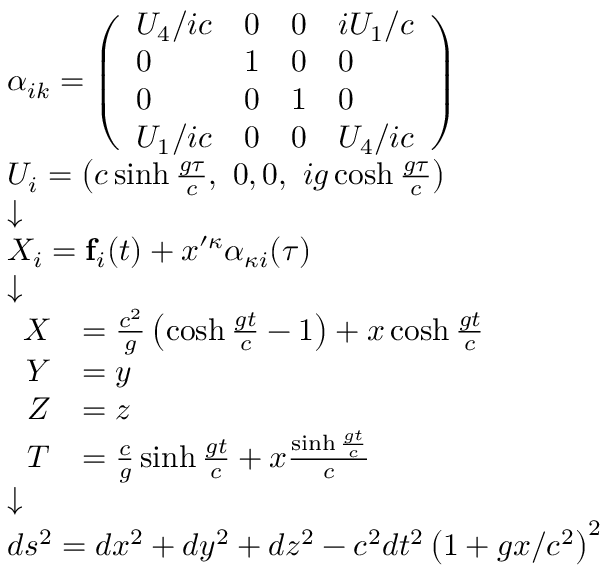
\scriptstyle { \begin{array} { l } { \alpha _ { i k } = \left( { \begin{array} { l l l l } { U _ { 4 } / i c } & { 0 } & { 0 } & { i U _ { 1 } / c } \\ { 0 } & { 1 } & { 0 } & { 0 } \\ { 0 } & { 0 } & { 1 } & { 0 } \\ { U _ { 1 } / i c } & { 0 } & { 0 } & { U _ { 4 } / i c } \end{array} } \right) } \\ { U _ { i } = \left( c \sinh { \frac { g \tau } { c } } , \ 0 , 0 , \ i g \cosh { \frac { g \tau } { c } } \right) } \\ { { \boldsymbol { \downarrow } } } \\ { X _ { i } = \mathbf { f } _ { i } ( t ) + x ^ { \prime \kappa } \alpha _ { \kappa i } ( \tau ) } \\ { { \boldsymbol { \downarrow } } } \\ { { \begin{array} { r l } { X } & { = { \frac { c ^ { 2 } } { g } } \left( \cosh { \frac { g t } { c } } - 1 \right) + x \cosh { \frac { g t } { c } } } \\ { Y } & { = y } \\ { Z } & { = z } \\ { T } & { = { \frac { c } { g } } \sinh { \frac { g t } { c } } + x { \frac { \sinh { \frac { g t } { c } } } { c } } } \end{array} } } \\ { { \boldsymbol { \downarrow } } } \\ { d s ^ { 2 } = d x ^ { 2 } + d y ^ { 2 } + d z ^ { 2 } - c ^ { 2 } d t ^ { 2 } \left( 1 + g x / c ^ { 2 } \right) ^ { 2 } } \end{array} }